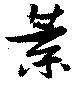
葉